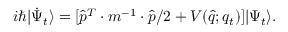
i \hbar | \Dot { \Psi } _ { t } \rangle = [ \Hat { p } ^ { T } \cdot m ^ { - 1 } \cdot \Hat { p } / 2 + V ( \Hat { q } ; q _ { t } ) ] | \Psi _ { t } \rangle .